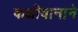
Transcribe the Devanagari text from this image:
कक्षीवानाने